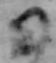
日